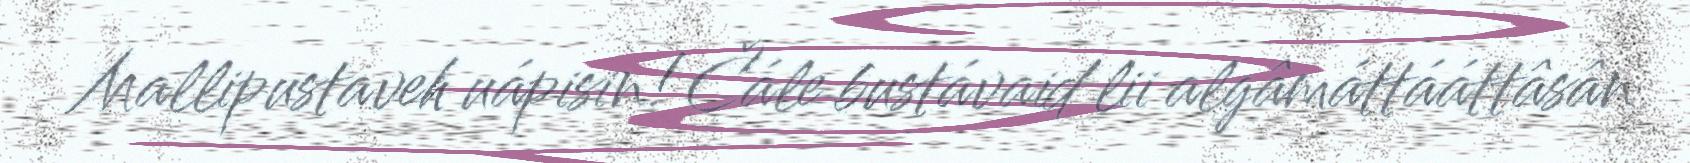
Mallipustaveh uápisin! Čále bustávaid lii algâmáttááttâsân